Civil Veterinary Dept. Assam report 1911-1927 - 1911-1927
Year: 1911
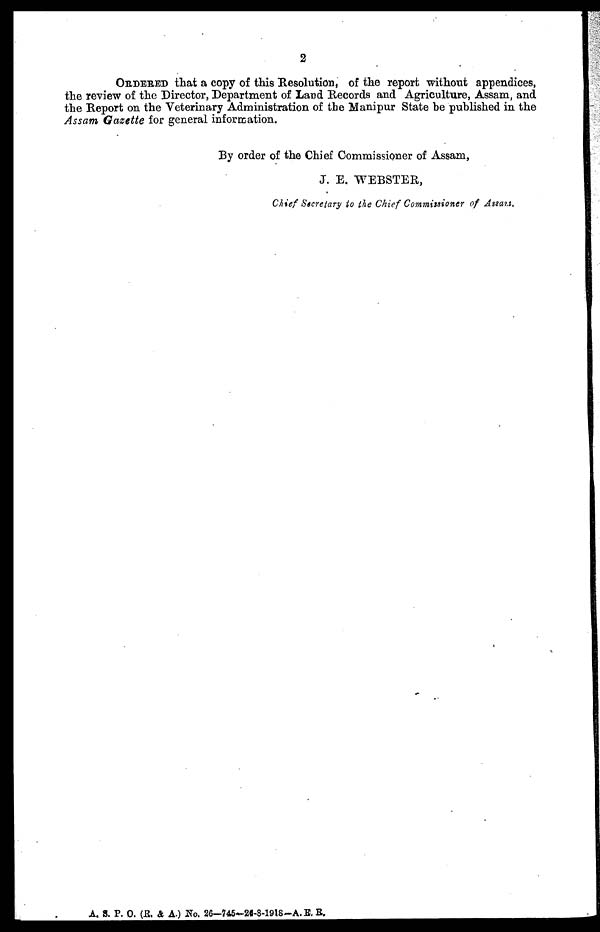
2
ORDERED that a copy of this Resolution, of the report without appendices,
the review of the Director, Department of Land Records and Agriculture, Assam, and
the Report on the Veterinary Administration of the Manipur State be published in the
Assam Gazette for general information.
By order of the Chief Commissioner of Assam,
J. E. WEBSTER,
Chief S$cretary to the Chief Commissioner of Assam.
A. S. P. 0. (R. & A.) No. 26-745-2«-8-19l8-A.E.B.